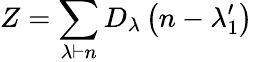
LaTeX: Z=\sum_{\lambda\vdash n}D_{\lambda}\left(n-\lambda_{1}^{\prime}\right)